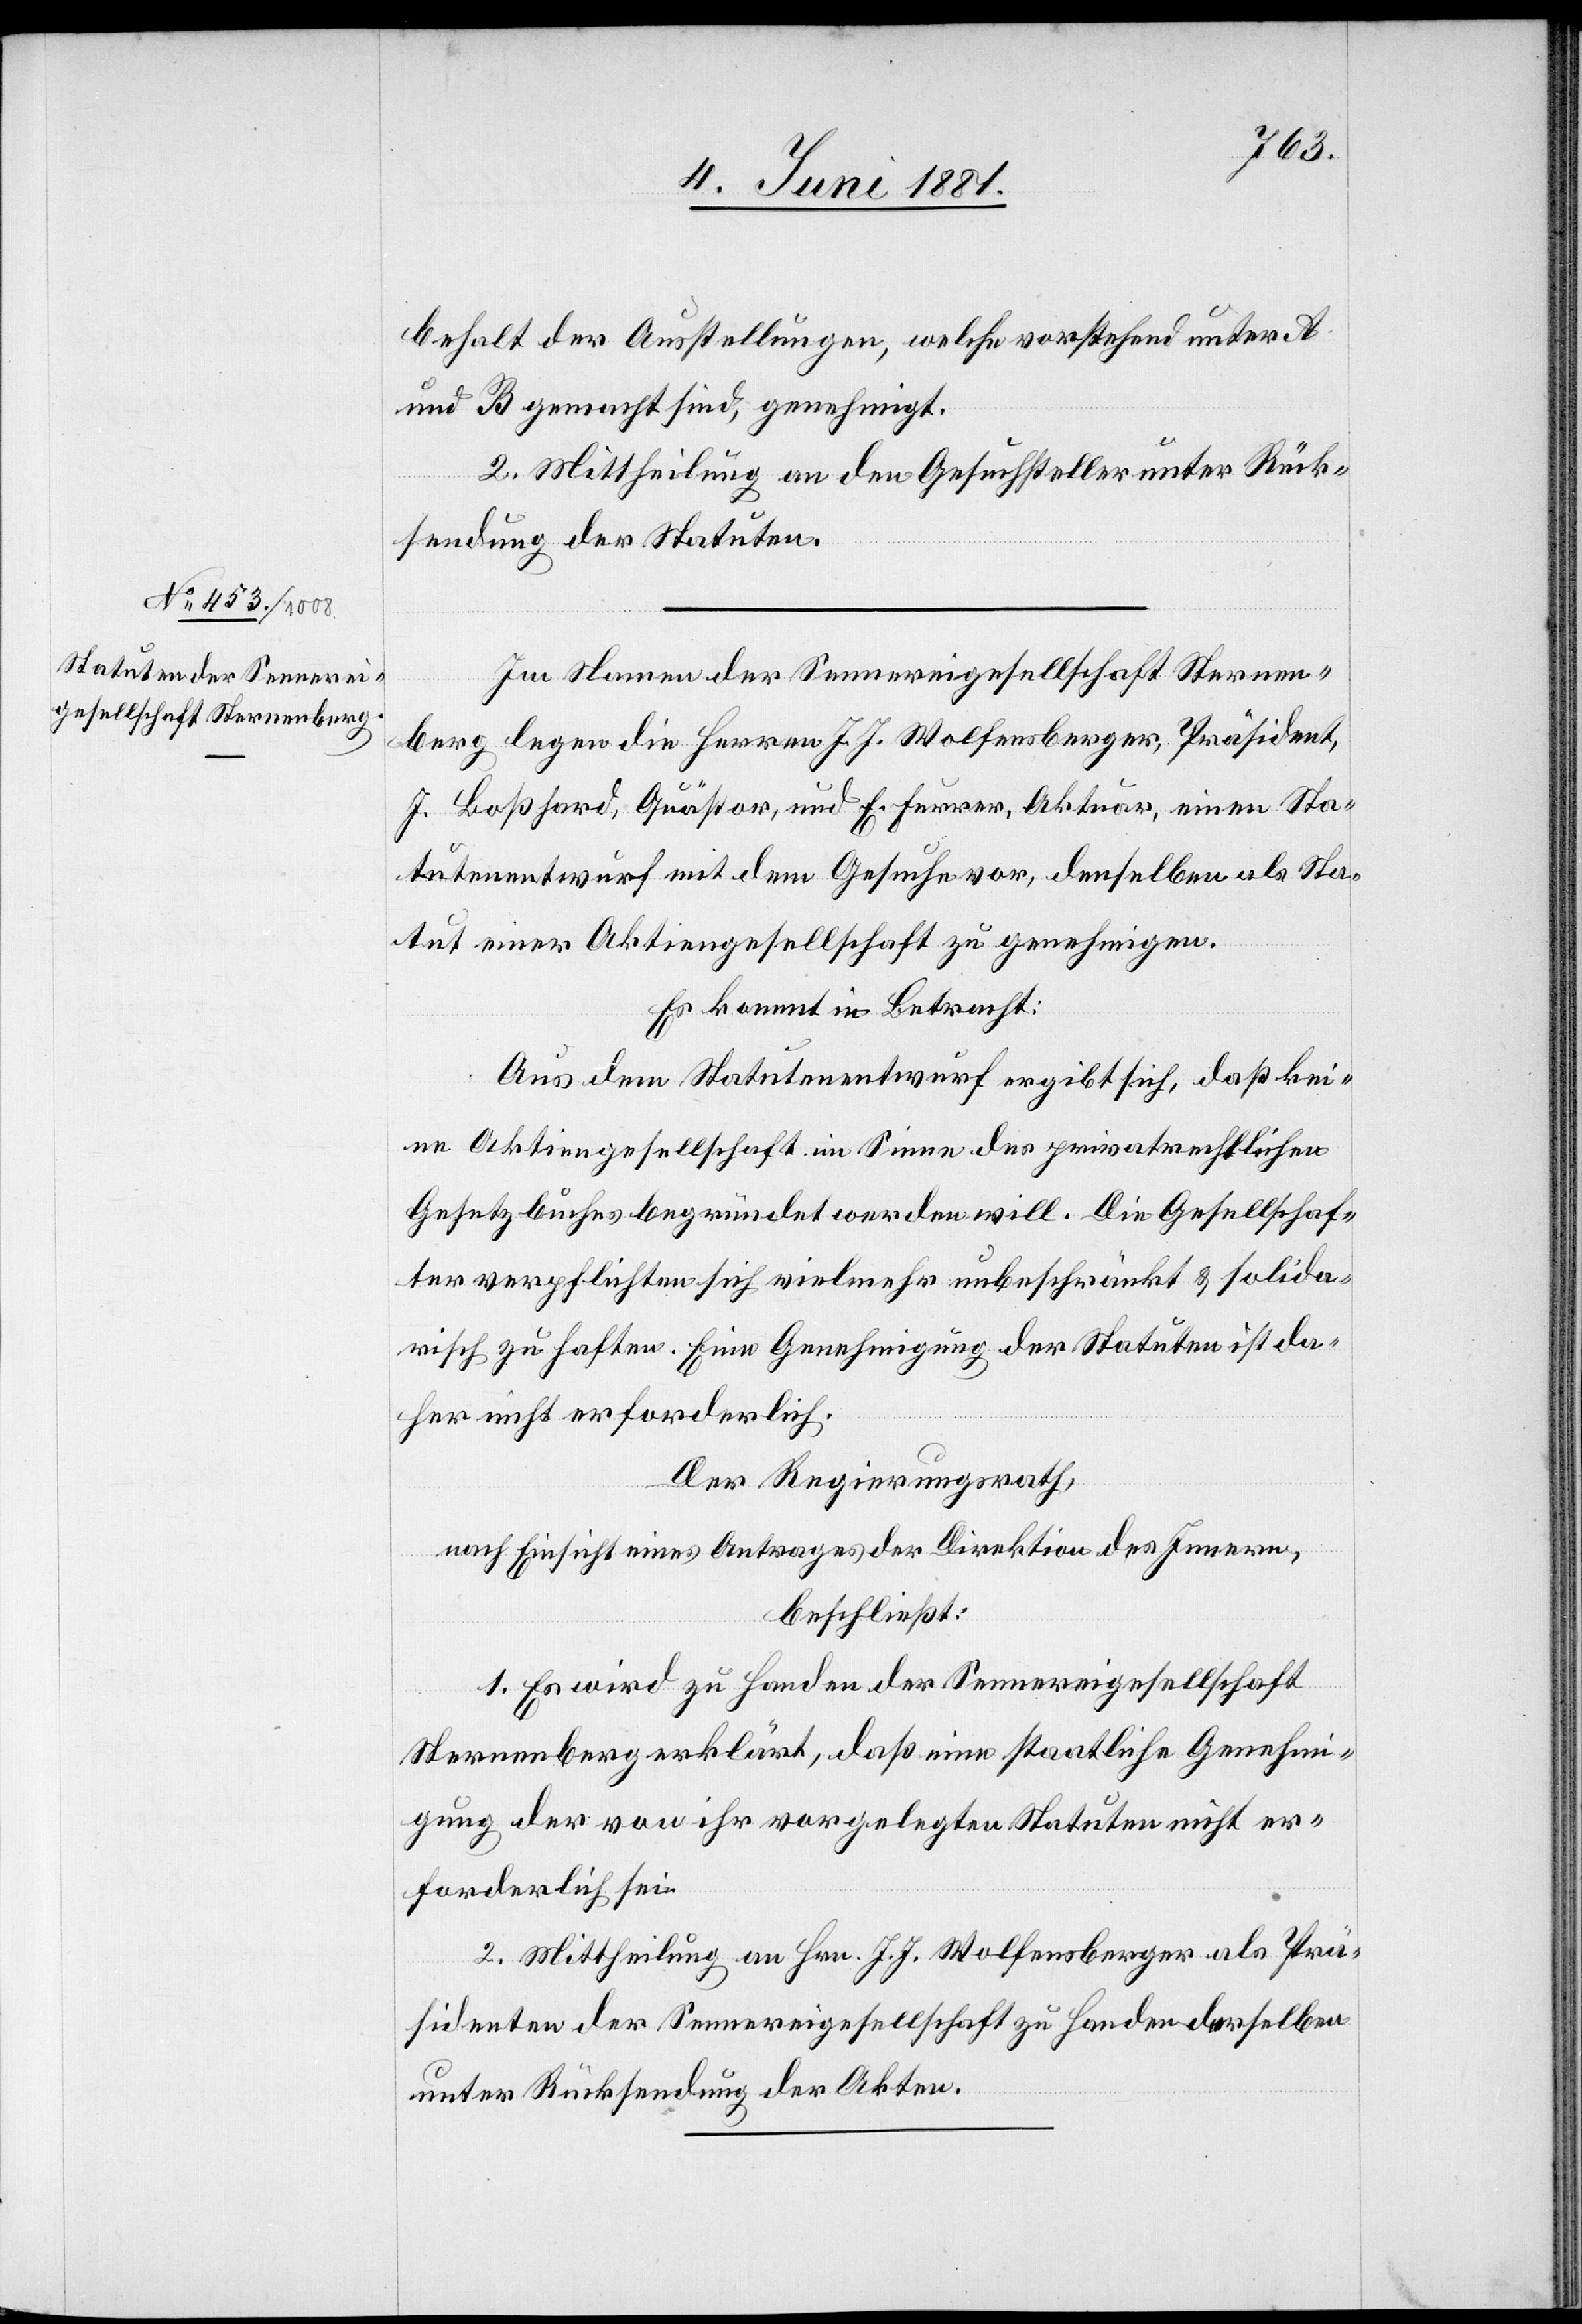
behalt der Ausstellungen, welche vorstehend unter A
und B gemacht sind, genehmigt.
2. Mittheilung an den Gesuchsteller unter Rück¬
sendung der Statuten.
Im Namen der Sennereigesellschaft Sternen¬
berg legen die Herren J. J. Wolfensberger, Präsident,
J. Boßhard, Quästor, und E. Furrer, Aktuar, einen Sta¬
tutenentwurf mit dem Gesuche vor, denselben als Sta¬
tut einer Aktiengesellschaft zu genehmigen.
Es kommt in Betracht:
Aus dem Statutenentwurf ergibt sich, daß kei¬
ne Aktiengesellschaft im Sinne des privatrechtlichen
Gesetzbuches begründet werden will. Die Gesellschaf¬
ter verpflichten sich vielmehr unbeschränkt & solida¬
risch zu haften. Eine Genehmigung der Statuten ist da¬
her nicht erforderlich.
Der Regierungsrath,
nach Einsicht eines Antrages der Direktion des Innern,
beschließt:
1. Es wird zu Handen der Sennereigesellschaft
Sternenberg erklärt, daß eine staatliche Genehmi¬
gung der von ihr vorgelegten Statuten nicht er¬
forderlich sei.
2. Mittheilung an Hrn. J. J. Wolfensberger als Prä¬
sidenten der Sennereigesellschaft zu Handen derselben
unter Rücksendung der Akten.